Vaccination in Bombay 1869-1873 - 1869-1873
Year: 1869
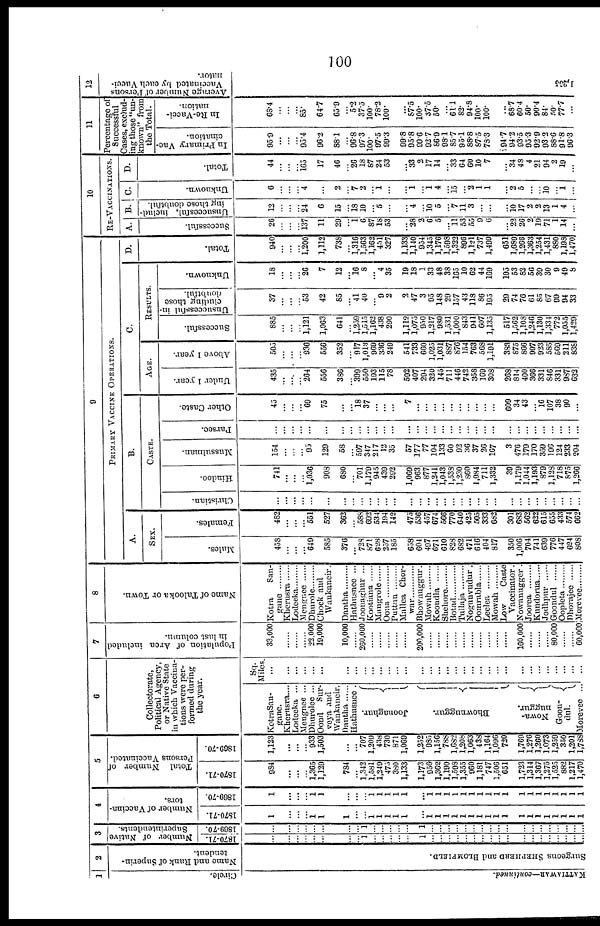
100
1
Circle.
KAT T IAWAR—c o
n
tin
u
e
d
.
2
Name and Rank of Superin-
tendent.
Sur ge ons S HE F HE RD and BLOMF IELD.
3
Number of Native
Superintendents.
1870-71.
...
...
...
...
...
...
...
... 1
...
...
...
...
...
1
...
...
...
...
...
...
...
...
...
...
...
...
...
...
...
...
...
...
1869-70.
...
...
...
...
...
...
...
... 1
...
...
...
...
...
1
...
...
...
...
...
...
...
...
...
...
...
...
...
...
...
...
...
...
4
Number of Vaccina-
tors.
1870-71.
1
...
...
... 1
1
1
...
... 1
1
1
1
1
...
1 l
1
1
l
l
l
l
l
1
1
1
1
1
1
1
1
1
1869-70.
1
...
...
... 1
1
...
...
... 1
1
1
1
1
... 1
1
1
1
1
1
1
1
1
1
1
1
1
1
1
1
1
1
5
Total Number of
Persons Vaccinated.
1870-71.
984
...
...
... 1,365
1,129
784
... 1,342
1,581
1,249
475
380
1,133
1,173
956
1,362
1,190
1,598
1,355 960
1,181
747
1,506
651
1,723
1,314
1,367
1,275
1,525
882
1,217
1,470
1869-70.
1,123
...
...
... 933
1,503
...
... 707
1,209
438
730
871
1,069
1,252
985
1,156
788
1,682
1,208
1,063
438
1,164
1,096
720
1,769
1,276
1,260
1,073
1,259
350
1,201
1,788
6
Collectorate,
Political Agency,
or Native State
in which Vaccina-
tions were per-
formed during
the year.
KotraSan¬
gane.
Kherusra....
Lodeeka ...
Mengnee ...
Dhurolee ...
Oond Sur¬
veya and
Wankaneir.
Dantha ......
Hathusuee .
J oona ghur .
Bhownuggur.
Nowa-
nuggur.
Goon-
dul.
Morevee ...
Sq.
Miles.
...
...
...
...
...
...
...
...
...
...
...
...
...
...
...
...
...
...
...
...
...
...
...
...
...
...
...
...
...
...
...
...
...
7
Population of Area included
in last column.
33,000
...
...
... 22,000
19,000
10,000
... 260,000
...
...
...
...
...
200,000
......
......
......
......
......
......
......
......
......
100,000
...
...
... 80,000
......
60,000
8
Name of Talooka or Town.
Kotra San-
gane .........
Kherusra ......
Lodeeka
Mengnee ......
Dhurole
Chock and
Wankaneir.
Dantha .........
Hathusnee ...
Joonaghur ...
Kootiana ......
Mangrole ......
Ooua .........
Puttun .........
Mallca Chor-
war ............
Bhownuggur.
Mowah .........
Koondla ......
Shehore .........
Botad
Tullaja .........
Nogunvudur.
Oomrabla
Leelea ......
Mowah ......
Low Caste
Vaccinator .
Nowanugger .
Joorea ......
Kundorua ......
Jodhpur ......
Goondul ......
Oopleta ......
Dhorajee
Morevee
9
PRIMARY
VACCINE OPERATIONS.
A.
SEX.
Males.
458
...
...
... 649
585
376
... 728
871
628
257
185
658
604
497
671
610
828
682
471
616
404
817
350
1,006
704
741
639
776
447
624
808
Females.
482
...
...
... 551
527
362
... 588
692
534
194
142
475
536
457
674
566
770
640
425
505
333
682
301
683
562
622
615
655
433
574
662
B.
CASTE.
Christian.
...
...
...
...
...
...
...
...
...
...
...
...
...
...
...
...
...
...
...
...
...
...
...
...
...
...
...
...
...
...
...
...
...
Hindoo.
741
...
...
... 1,036
908
680
... 701
1,179
945
439
292
1,069
963
877
1,241
1,043
1,538
1,230
860
1,084
711
1,332
39
1,179
1,044
1,193
879
1,128
718
875
1,266
Mussulman.
154
...
...
... 95
129
58
... 597
347
217
12
35
57
177
77
104
133
60
92
36
37
26
167
3
476
179
170
359
196
124
233
204
Parscc.
...
...
...
...
...
...
...
...
...
...
...
...
...
...
...
...
...
...
...
...
...
...
...
...
...
...
...
...
...
...
...
...
...
Other Caste.
45
...
...
... 69
75
...
... 18
37
...
...
...
7
...
...
...
...
...
...
...
...
...
...
609
34
43
... 16
107
38
90
...
C
AGE.
Under 1 year.
435
...
...
... 264
556
386
... 399
550
193
115
78
502
407
294
320
145
711
446
742
358
169
308
268
814
400
366
331
846
331
987
632
Above l year.
505
...
...
... 936
556
352
... 917
1,013
969
336
249
541
733
660
1,025
1,031
887
870
154
763
568
1,191
383
875
866
997
923
585
569
211
838
RESULTS.
Successful.
885
...
...
... 1,121
1,063
641
... 1,259
1,515
1,162
438
290
1,112
1,075
950
1,217
980
1,531
1,000
843
941
607
1,135
517
1,562
1,108
1,246
1,130
1,334
772
1,055
1,429
Unsuccessful in-
cluding those
doubtful.
37
...
...
... 53
42
85
... 41
40
... 9
2
2
47
3
95
148
29
157
43
118
86
195
29
74
76
61
85
67
99
94
33
Unknown.
18
...
...
... 26
7
12
... 16 8
... 4
35
19
18
1
33
48
38
165
10
62
44
169
105
53
82
56
39
30
9
49
8
D.
Total.
940
...
...
... 1,200
1,112
738
... 1,316
1,563
1,162
451 327
1,133
1,140
954
1,345
1,176
1,598
1,322
896
l,121
737
1,499
651
1,689
1,268
1,363
1,254
1,431
880
1,198
1,470
10
RE-VACCINATIONS.
A.
Successful.
26
...
...
... 137
11
29
... 1
6
18
18
53
...
28 2
6
5
... 11
53
55
9
6
...
22
26
2
19
71
1
14
...
B.
Unsucccsful, includ-
ing those doubtful.
12
...
...
... 24
6
15
... 18
10
...
5
...
...
4
...
10 5
... 7
11
3
...
...
...
10
17
2
2 13
1
4
...
C
Unknown.
6
...
...
... 4
...
2
... 7
2
...
1
...
...
1
...
1
4
... 15
...
2 1
1
...
... 5
...
... 10
... 1
...
D.
Total.
44
...
...
... 165
17
46
... 26
18
87
24 53
...
33
2
17
14
... 33
64
60
10
7
...
34
48
4
21
94
2
19
...
11
Percentage of
Successful
Cases, exclud-
ing those "un-
known" from
the Total.
In Primary Vac-
cination.
95.9
...
...
... 95.4
96.2
88.1
... 96.8
97.3
100.
97.5 99.3
99.8
95.8
99.6
92.7
86.9
98.1
85.7
95.1
88.8
87.5
78.3
94.7
94.2
93.5
95.3
92.9
93.2
88.6
91.8
96.3
In Re-Vacci-
nation.
68.4
...
...
... 85.
64.7
65.9
... 5.2
37.5
100.
78.2
100.
...
87.5
100.
37.5
50.
... 61. 1
82.
94.8
100.
100.
68.7
68.7
60.4
50.
90.4
84.
50.
77.7
...
12
Average Number of Persons
Vaccinated by each Vacci-
nator.
1, 255